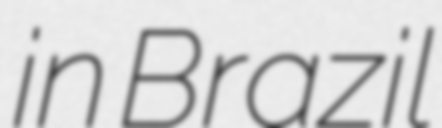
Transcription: in Brazil